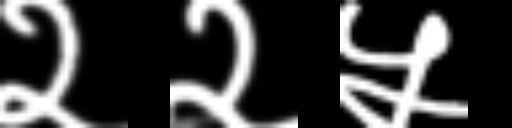
Text: २२५